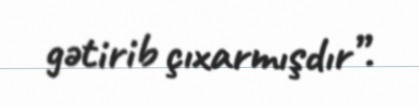
gətirib çıxarmışdır”.